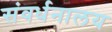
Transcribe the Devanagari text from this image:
संवर्धनालय